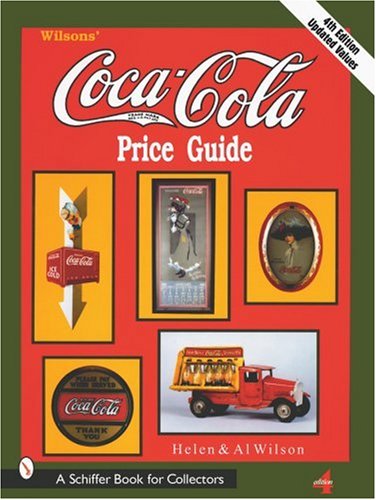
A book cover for Wilson Coca Cola Price Guide; Al Wilson; Crafts, Hobbies & Home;